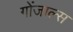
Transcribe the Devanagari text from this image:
गोंजाल्स